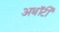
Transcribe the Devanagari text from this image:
अथॉर्टी